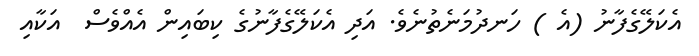
އެކަލޭގެފާނު (އެ ) ހަނދުމަނެތުނެވެ. އަދި އެކަލޭގެފާނުގެ ކިބައިން އެއްވެސް  އަކާއި